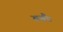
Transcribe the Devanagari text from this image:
बबैंड